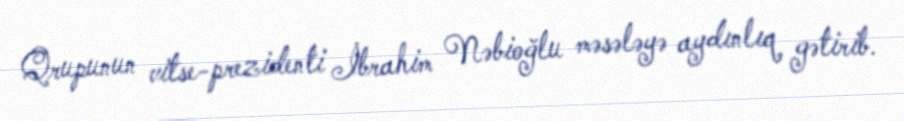
Qrupunun vitse-prezidenti İbrahim Nəbioğlu məsələyə aydınlıq gətirib.